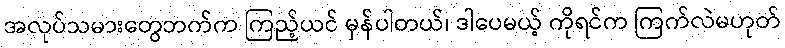
အလုပ်သမားတွေဘက်က ကြည့်ယင် မှန်ပါတယ်၊ ဒါပေမယ့် ကိုရင်က ကြက်လဲမဟုတ်